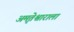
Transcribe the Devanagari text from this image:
अमृतेश्वाराला